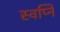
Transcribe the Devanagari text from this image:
स्वप्नि